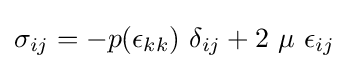
\sigma _{ij}=-p(\epsilon _{kk})~\delta _{ij}+2~\mu ~\epsilon _{ij}